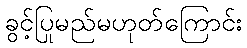
ခွင့်ပြုမည်မဟုတ်ကြောင်း